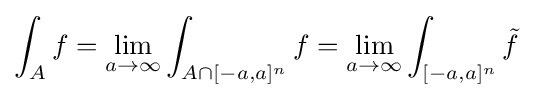
\int _{A}f=\lim _{a\to \infty }\int _{A\cap [-a,a]^{n}}f=\lim _{a\to \infty }\int _{[-a,a]^{n}}{\tilde {f}}